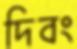
দিবং